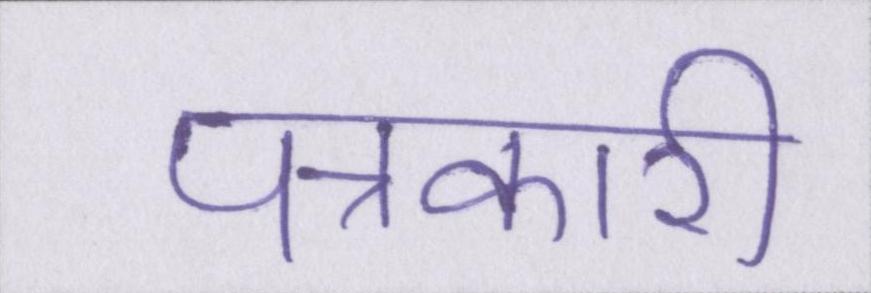
पत्रकारी